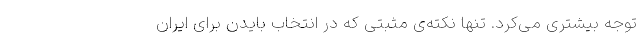
توجه بیشتری می‌کرد. تنها نکته‌ی مثبتی که در انتخاب بایدن برای ایران